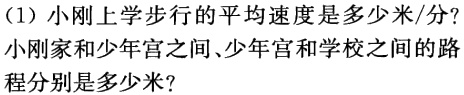
（1）小刚上学步行的平均速度是多少米/分？
小刚家和少年宫之间、少年宫和学校之间的路
程分别是多少米？